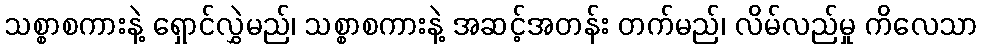
သစ္စာစကားနဲ့ ရှောင်လွှဲမည်၊ သစ္စာစကားနဲ့ အဆင့်အတန်း တက်မည်၊ လိမ်လည်မှု ကိလေသာ